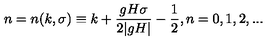
n = n ( k , \sigma ) \equiv k + \frac { g H \sigma } { 2 | g H | } - \frac { 1 } { 2 } , n = 0 , 1 , 2 , . . .